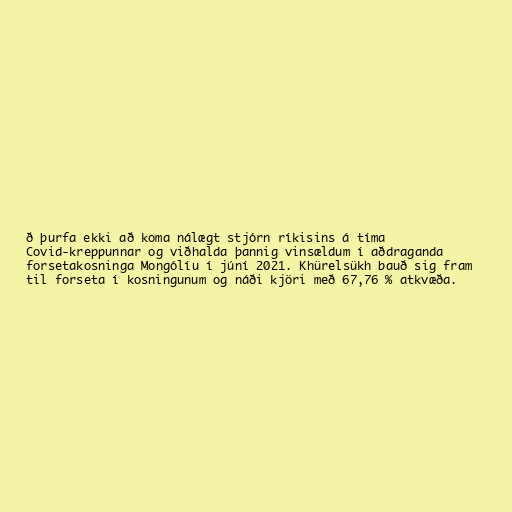
ð þurfa ekki að koma nálægt stjórn ríkisins á tíma
Covid-kreppunnar og viðhalda þannig vinsældum í aðdraganda
forsetakosninga Mongólíu í júní 2021. Khürelsükh bauð sig fram
til forseta í kosningunum og náði kjöri með 67,76 % atkvæða.